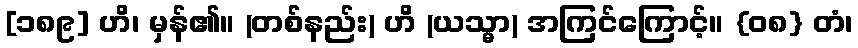
[၁၈၉] ဟိ၊ မှန်၏။ (တစ်နည်း) ဟိ (ယသ္မာ) အကြင်ကြောင့်။ {၀၈} တံ၊